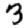
Digit: 3